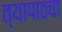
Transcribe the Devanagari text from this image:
त्यापाठचा